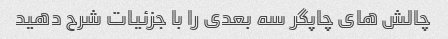
چالش های چاپگر سه بعدی را با جزئیات شرح دهید